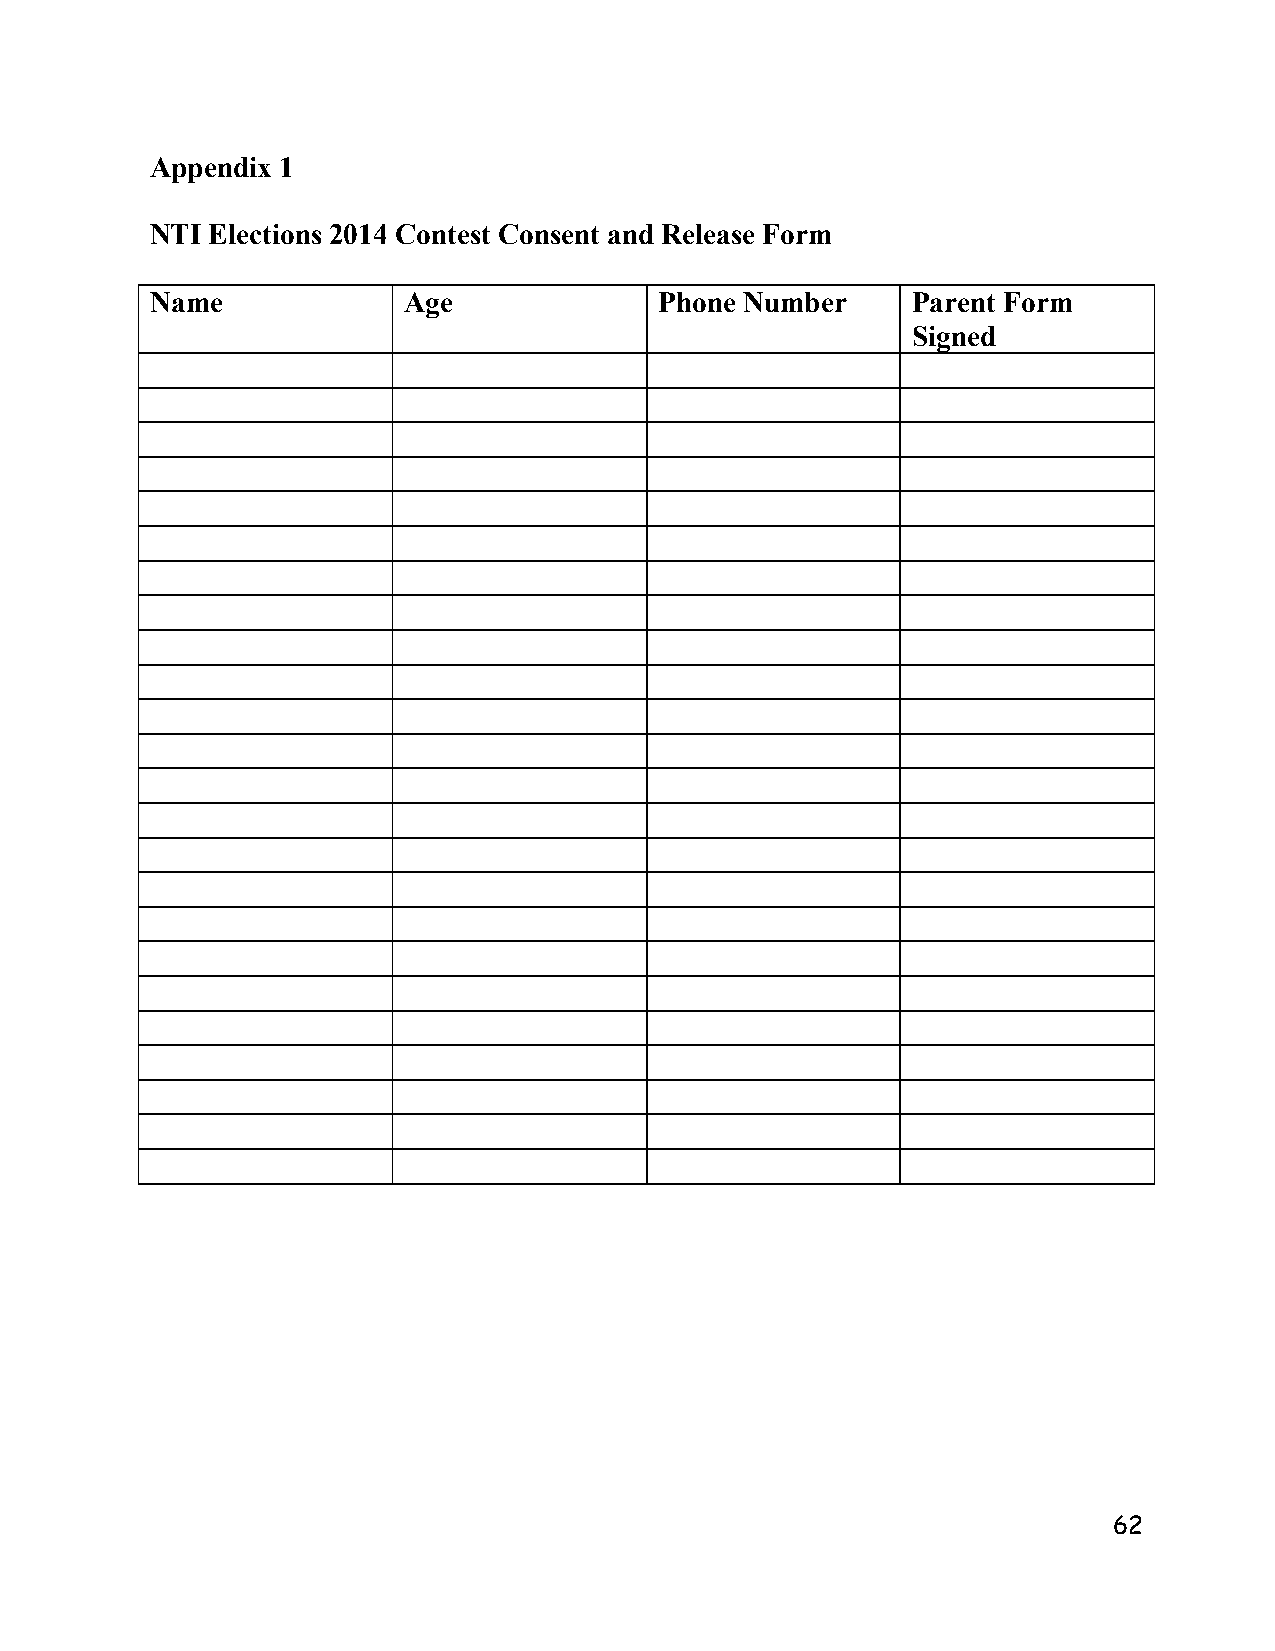
Appendix 1
 NTI Elections 2014 Contest Consent and Release Form
 Name             Age              Phone Number    Parent Form
 Signed
 62